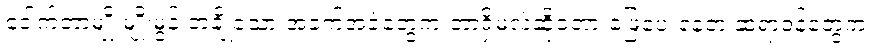
ဒေါက်တာမျိုးမျိုးမွန် တချို့သော အခက်အခဲတွေက ဘာရှိမလဲဆိုတော့ ဖြေပေးနေတဲ့ ဆရာဝန်တွေက